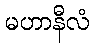
မဟာနီလံ